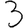
Digit: 3